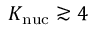
K _ { \mathrm { n u c } } \gtrsim 4